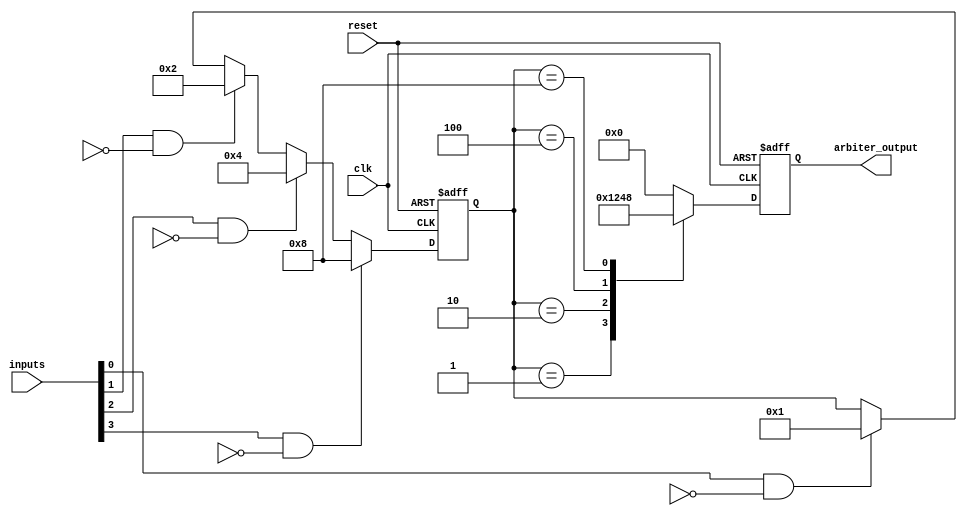
module timing_control_and_sync (
    input wire clk,
    input wire reset,
    input wire [3:0] inputs,
    output reg [3:0] arbiter_output
);

reg [3:0] priority;
reg [3:0] active_input;

always @ (posedge clk or posedge reset) begin
    if (reset) begin
        priority <= 4'b1111; // Initialize all inputs to have highest priority
        arbiter_output <= 4'b0000;
    end else begin
        // Update priorities based on inputs
        if (inputs[0] && !active_input[0]) priority <= 4'b0001;
        if (inputs[1] && !active_input[1]) priority <= 4'b0010;
        if (inputs[2] && !active_input[2]) priority <= 4'b0100;
        if (inputs[3] && !active_input[3]) priority <= 4'b1000;
        
        // Arbitrate and set output based on priority
        case(priority)
            4'b0001: arbiter_output <= 4'b0001;
            4'b0010: arbiter_output <= 4'b0010;
            4'b0100: arbiter_output <= 4'b0100;
            4'b1000: arbiter_output <= 4'b1000;
            default: arbiter_output <= 4'b0000;
        endcase
    end
end

endmodule